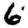
Digit: 6